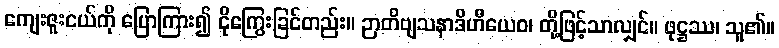
ကျေးဇူးငယ်ကို ပြောကြား၍ ငိုကြွေးခြင်တည်း။ ဉာတိဗျသနာဒိဟီယေဝ၊ တို့ဖြင့်သာလျှင်။ ဖုဋ္ဌဿ၊ သူ၏။